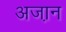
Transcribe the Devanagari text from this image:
अजा़न